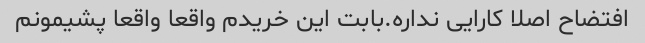
افتضاح اصلا کارایی نداره.بابت این خریدم واقعا واقعا پشیمونم